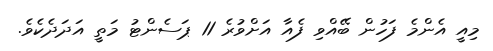
މިއީ އެންމެ ފަހުން ބޭއްވި ފެއާ އަށްވުރެ 11 ޕަސެންޓު މަތީ އަދަދެކެވެ.